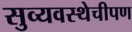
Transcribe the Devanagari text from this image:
सुव्यवस्थेचीपण